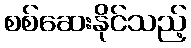
စစ်ဆေးနိုင်သည့်